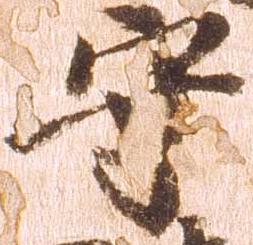
守